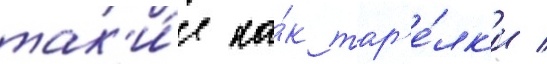
так'и́е ка́к тар'е́лк'и /